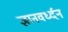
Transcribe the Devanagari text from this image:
ज्ञानवर्ध्दन